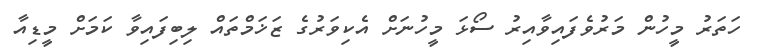
ހަތަރު މީހުން މަރުވެފައިވާއިރު ސޯޅަ މީހުނަށް އެކިވަރުގެ ޒަޚަމްތައް ލިބިފައިވާ ކަމަށް މީޑިއާ